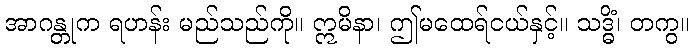
အာဂန္တုက ရဟန်း မည်သည်ကို။ ဣမိနာ၊ ဤမထေရ်ငယ်နှင့်။ သဒ္ဓိံ၊ တကွ။